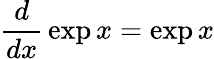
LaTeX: {\frac{d}{dx}}\exp x=\exp x